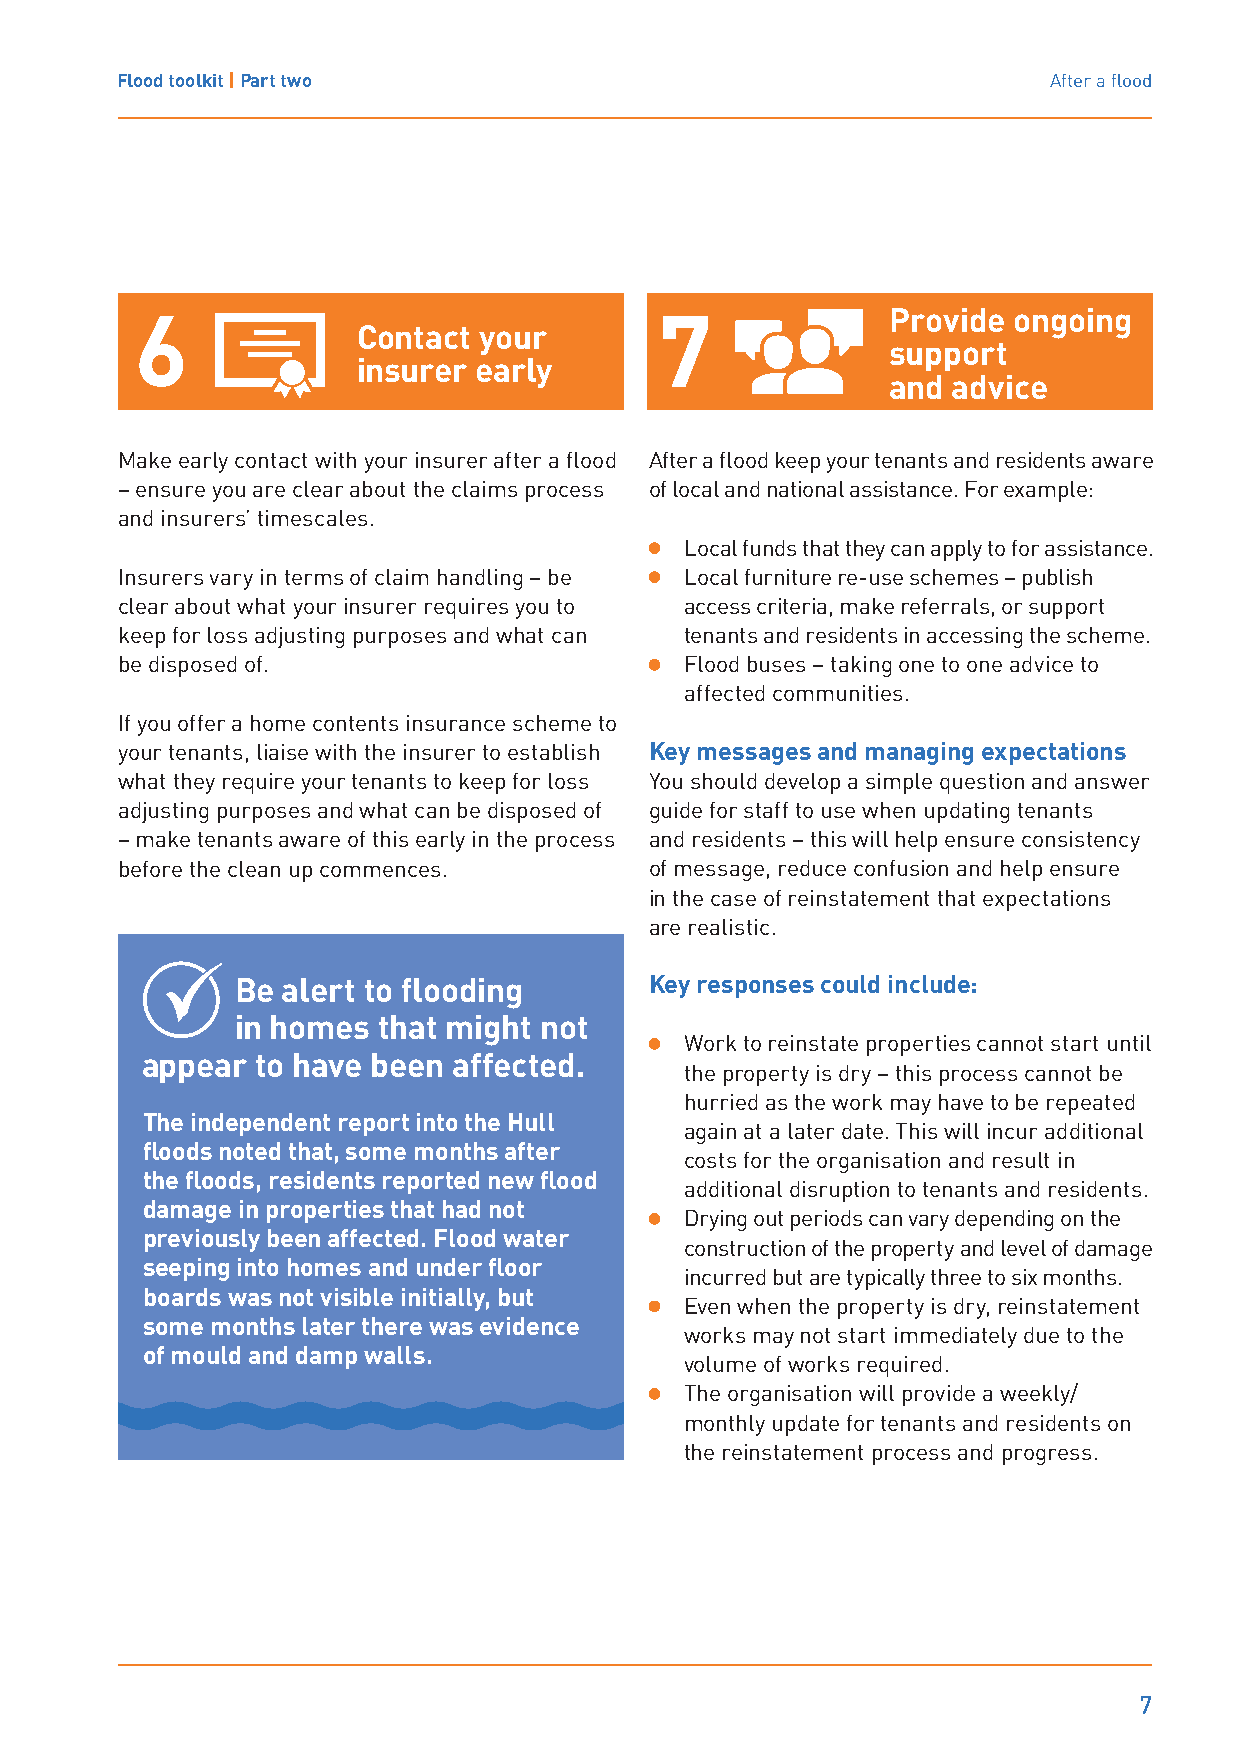
Flood toolkit | Part two                                      After a flood
 Provide ongoing
 Contact your
 support
 insurer early
 and advice
 Make early contact with your insurer after a flood After a flood keep your tenants and residents aware
 – ensure you are clear about the claims process of local and national assistance. For example:
 and insurers’ timescales.
 Local funds that they can apply to for assistance.
 Insurers vary in terms of claim handling – be Local furniture re-use schemes – publish
 clear about what your insurer requires you to access criteria, make referrals, or support
 keep for loss adjusting purposes and what can tenants and residents in accessing the scheme.
 be disposed of.                      Flood buses – taking one to one advice to
 affected communities.
 If you offer a home contents insurance scheme to
 your tenants, liaise with the insurer to establish Key messages and managing expectations
 what they require your tenants to keep for loss You should develop a simple question and answer
 adjusting purposes and what can be disposed of guide for staff to use when updating tenants
 – make tenants aware of this early in the process and residents – this will help ensure consistency
 before the clean up commences.     of message, reduce confusion and help ensure
 in the case of reinstatement that expectations
 are realistic.
 Be alert to flooding       Key responses could include:
 in homes that might not
 Work to reinstate properties cannot start until
 appear  to have been affected.
 the property is dry – this process cannot be
 hurried as the work may have to be repeated
 The independent report into the Hull
 again at a later date. This will incur additional
 floods noted that, some months after
 costs for the organisation and result in
 the floods, residents reported new flood
 additional disruption to tenants and residents.
 damage in properties that had not
 Drying out periods can vary depending on the
 previously been affected. Flood water
 construction of the property and level of damage
 seeping into homes and under floor
 incurred but are typically three to six months.
 boards was not visible initially, but
 Even when the property is dry, reinstatement
 some months later there was evidence
 works may not start immediately due to the
 of mould and damp walls.
 volume of works required.
 The organisation will provide a weekly/
 monthly update for tenants and residents on
 the reinstatement process and progress.
 7